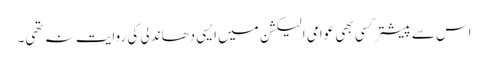
اس سے پیشتر کسی بھی عوامی الیکشن میں ایسی دھاندلی کی روایت نہ تھی۔